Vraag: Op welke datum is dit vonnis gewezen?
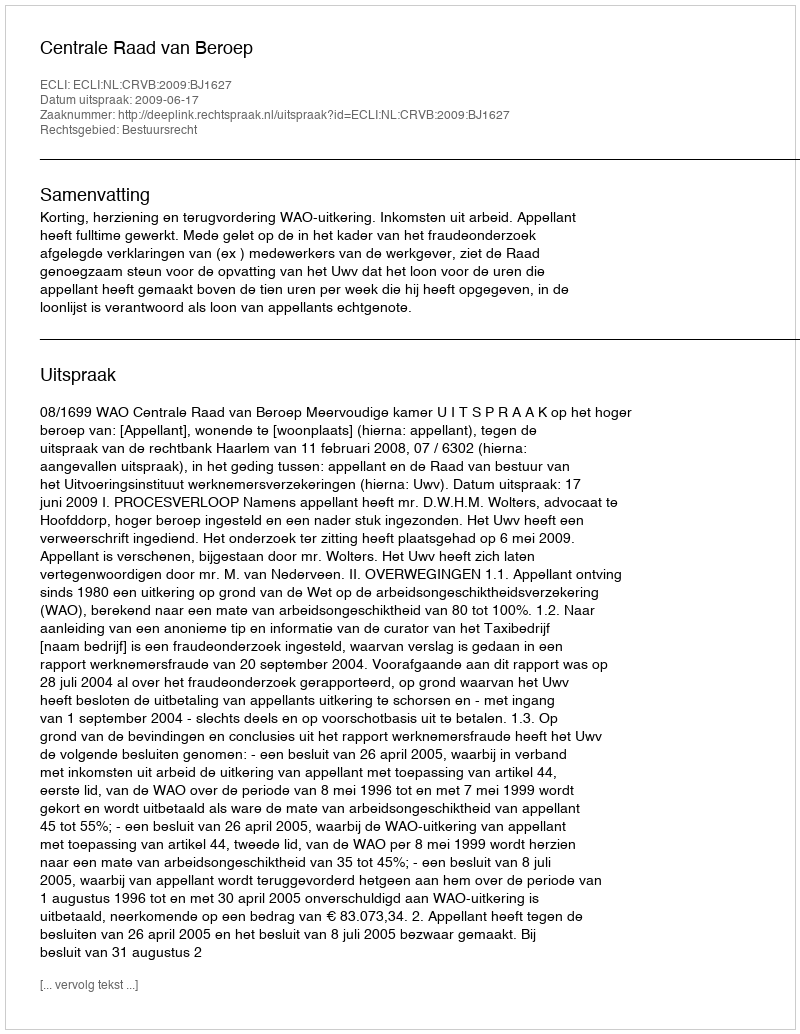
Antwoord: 2009-06-17